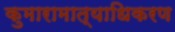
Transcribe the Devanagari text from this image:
कुमारामात्याधिकरण